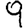
Digit: 9